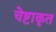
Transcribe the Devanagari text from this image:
चेष्टाकृत